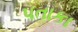
પતાકા